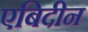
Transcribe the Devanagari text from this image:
एबिदीन